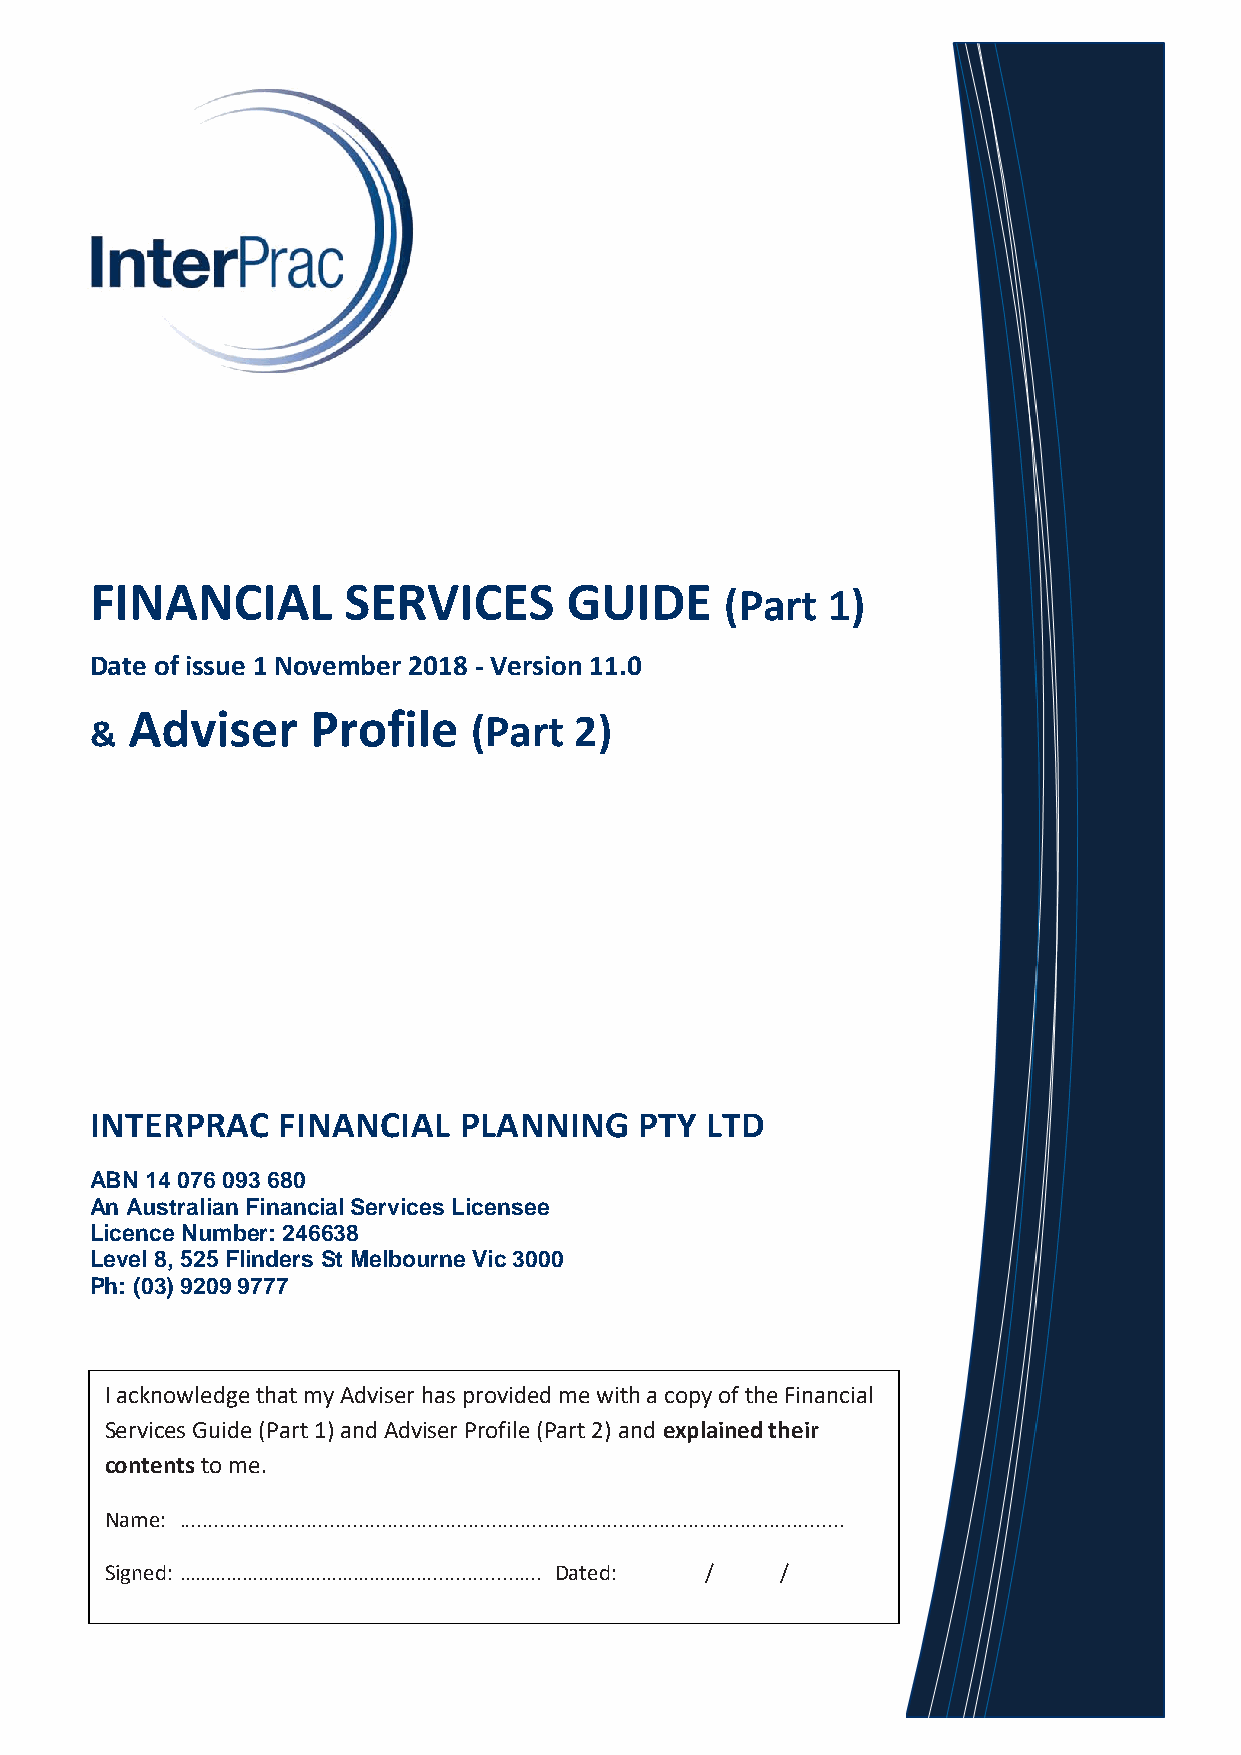
FINANCIAL        SERVICES      GUIDE
 (Part  1)
 Date of issue 1 November 2018 - Version 11.0
 Adviser     Profile
 &                        (Part  2)
 INTERPRAC   FINANCIAL   PLANNING    PTY  LTD
 ABN 14 076 093 680
 An Australian Financial Services Licensee
 Licence Number: 246638
 Level 8, 525 Flinders St Melbourne Vic 3000
 Ph: (03) 9209 9777
 I acknowledge that my Adviser has provided me with a copy of the Financial
 Services Guide (Part 1) and Adviser Profile (Part 2) and explained their
 contents to me.
 Name: ...................................................................................................................
 Signed: …………………………………………..............….. Dated: / /
 7